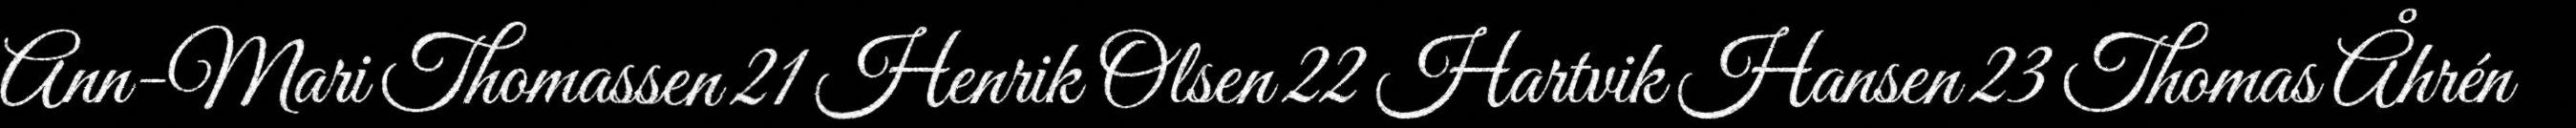
Ann-Mari Thomassen 21 Henrik Olsen 22 Hartvik Hansen 23 Thomas Åhrén